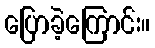
ပြောခဲ့ကြောင်း။